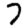
Digit: 7